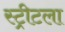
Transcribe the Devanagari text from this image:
स्ट्रीटला